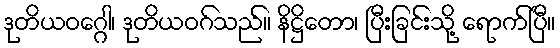
ဒုတိယဝဂ္ဂေါ၊ ဒုတိယဝဂ်သည်။ နိဋ္ဌိတော၊ ပြီးခြင်းသို့ ရောက်ပြီ။